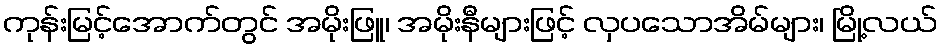
ကုန်းမြင့်အောက်တွင် အမိုးဖြူ၊ အမိုးနီများဖြင့် လှပသောအိမ်များ၊ မြို့လယ်